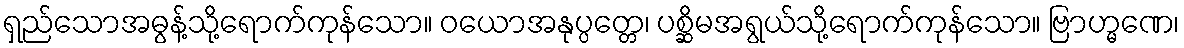
ရှည်သောအဓွန့်သို့ရောက်ကုန်သော။ ဝယောအနုပ္ပတ္တေ၊ ပစ္ဆိမအရွယ်သို့ရောက်ကုန်သော။ ဗြာဟ္မဏေ၊